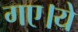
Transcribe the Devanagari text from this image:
गए।ये